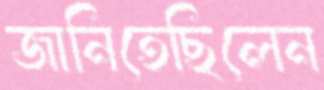
জানিতেছিলেন